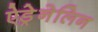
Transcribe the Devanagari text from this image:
ऐड्रेनेलिन